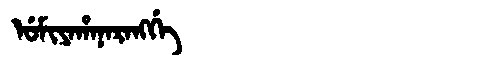
Manchu: ᡠᠮᡳᠶᠠᡥᠠᠨᠠᡵᠠᠩᡤᡝ
Romanization: UMIYAHANARANGGE